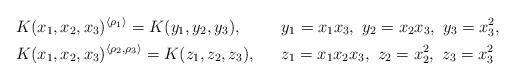
\begin{align*} &K(x_1,x_2,x_3)^{\langle \rho_1 \rangle}=K(y_1,y_2,y_3), & &y_1=x_1x_3, \ y_2=x_2x_3, \ y_3=x_3^2, \\ &K(x_1,x_2,x_3)^{\langle \rho_2, \rho_3 \rangle}=K(z_1,z_2,z_3), & &z_1=x_1x_2x_3, \ z_2=x_2^2, \ z_3=x_3^2 \end{align*}